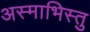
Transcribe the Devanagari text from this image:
अस्माभिस्तु